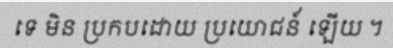
ទេ មិន ប្រកបដោយ ប្រយោជន៍ ឡើយ ។